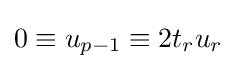
0\equiv u_{p-1}\equiv 2t_{r}u_{r}